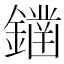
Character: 𨬭